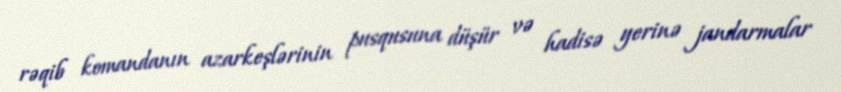
rəqib komandanın azarkeşlərinin pusqusuna düşür və hadisə yerinə jandarmalar